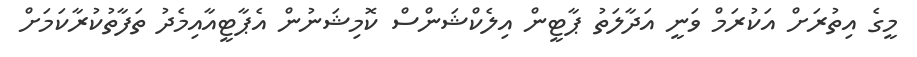
މީގެ އިތުރަށް އަކުރަމް ވަނީ އަދާލަތު ޕާޓީން އިލެކްޝަންސް ކޮމިޝަނުން އެޕާޓީއާއިމެދު ތަފާތުކުރާކަމަށް